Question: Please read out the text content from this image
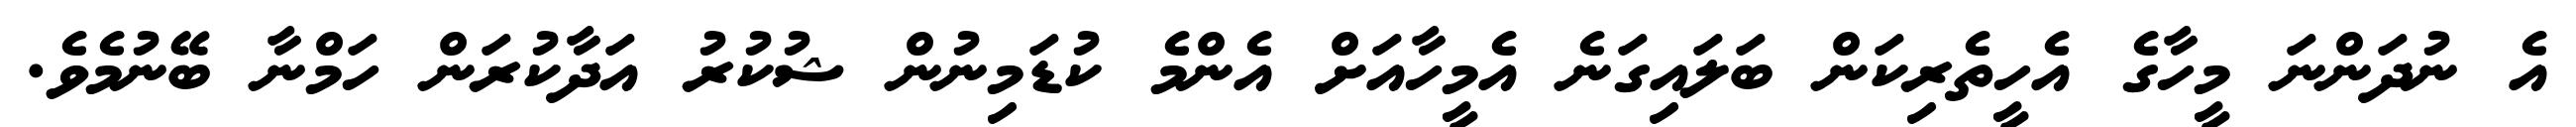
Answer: އެ ނުދަންނަ މީހާގެ އެހީތެރިކަން ބަލައިގަނެ އެމީހާއަށް އެންމެ ކުޑަމިނުން ޝުކުރު އަދާކުރަން ހަމްނާ ބޭނުމެވެ.